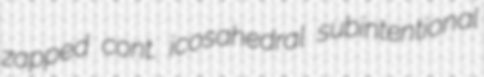
zapped cont. icosahedral subintentional